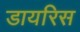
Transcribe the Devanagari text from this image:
डायरिस